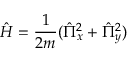
\hat { H } = \frac { 1 } { 2 m } ( \hat { \Pi } _ { x } ^ { 2 } + \hat { \Pi } _ { y } ^ { 2 } )